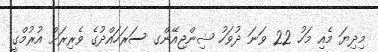
މިދިޔަ މެއި މަހު 22 ވަނަ ދުވަހު ޝިންޖިއޭންގ ސަރަހައްދުގެ ވެރިރަށް އުރުމްގީ